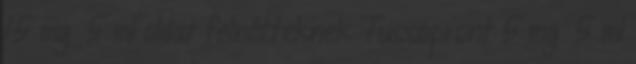
15 mg 5 ml oldat felnőtteknek Tussopront 5 mg 5 ml